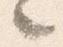
々